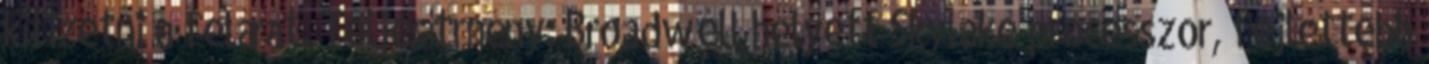
kifizetni a felárat. Teljesítmény: Broadwell helyett Skylake processzor, fejlettebb